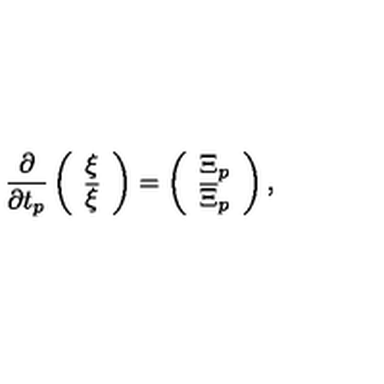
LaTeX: \frac { \partial } { \partial t _ { p } } \left( \begin{array} { c c } { \xi } \\ { { \overline { \xi } } } \\ \end{array} \right) = \left( \begin{array} { c c } { { \Xi } _ { p } } \\ { { \overline { \Xi } } _ { p } } \\ \end{array} \right) ,